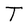
Character: T